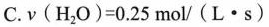
C. $$ν ( H _ { 2 } O ) = 0 . 2 5 m o l / ( L · s )$$